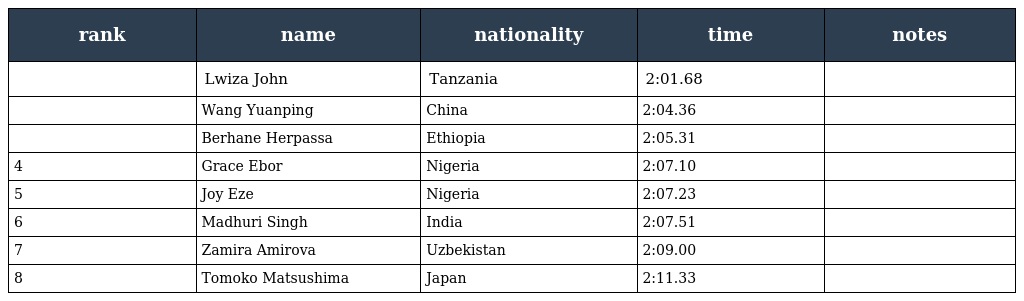
| rank | name | nationality | time | notes |
 | --- | --- | --- | --- | --- |
 |  | Lwiza John | Tanzania | 2:01.68 |  |
 |  | Wang Yuanping | China | 2:04.36 |  |
 |  | Berhane Herpassa | Ethiopia | 2:05.31 |  |
 | 4 | Grace Ebor | Nigeria | 2:07.10 |  |
 | 5 | Joy Eze | Nigeria | 2:07.23 |  |
 | 6 | Madhuri Singh | India | 2:07.51 |  |
 | 7 | Zamira Amirova | Uzbekistan | 2:09.00 |  |
 | 8 | Tomoko Matsushima | Japan | 2:11.33 |  |